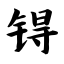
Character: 锝